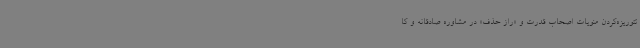
تئوریزه‌کردن منویات اصحاب قدرت و «راز حذف» در مشاوره صادقانه و کا